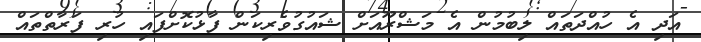
އަދި އެ ހުއްދަތައް ލިބުމުން އެ މަޝްރޫއަށް ޝައުގުވެރިކަން ފާޅުކޮށްފައި ހުރި ފަރާތްތައް